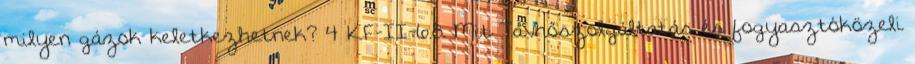
milyen gázok keletkezhetnek? 4 KF-II-6.8. Mit Távhőszolgáltatás és fogyasztóközeli